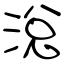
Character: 涗